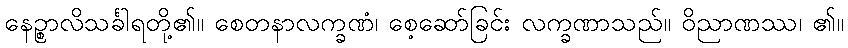
နေဉ္စာလိသင်္ခါရတို့၏။ စေတနာလက္ခဏံ၊ စေ့ဆော်ခြင်း လက္ခဏာသည်။ ဝိညာဏဿ၊ ၏။